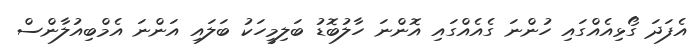
އެފަދަ ގޯޅިއެއްގައި ހުންނަ ގެއެއްގައި އޮންނަ ހާލުބޮޑު ބަލިމީހަކު ބަލައި އަންނަ އެމްބިއުލާންސް